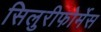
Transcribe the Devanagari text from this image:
सिलुरीफोर्मेस